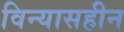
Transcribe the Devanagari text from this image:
विन्यासहीन